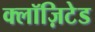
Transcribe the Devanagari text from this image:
क्लॉज़िटेड